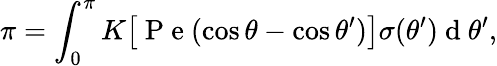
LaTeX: \pi=\int_{0}^{\pi}K\big[\mathrm{~P~e~}(\cos{\theta}-\cos{\theta^{\prime}})\big]\sigma(\theta^{\prime})\mathrm{~d~}\theta^{\prime},